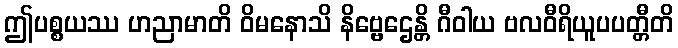
ဤပစ္စယဿ ဟညာမာတိ ဝိမနောသိ နိဗ္ဗေဌေန္တိ ဂီဝါယ ဗလဝီရိယူပပတ္တီတိ